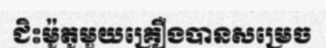
ជិះម៉ូតូមួយគ្រឿងបានសម្រេច